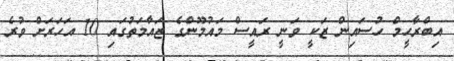
އިބްރާހީމް ހުސައިން ޒަކީ ވަނީ ރައީސް މައުމޫންގެ ޒައާމަތުގައި 10 އަހަރަށް ވުރެ